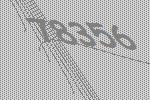
78356